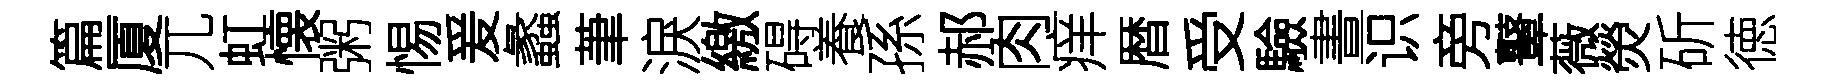
篇厦兀虹懐粥惕爰蠡茟淚繳碍養孫郝肉痒暦受驗晝识旁鼙薇熒斫徳